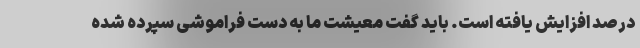
درصد افزایش یافته است. باید گفت معیشت ما به دست فراموشی سپرده شده